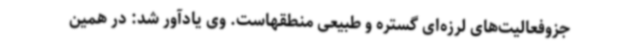
جزوفعالیت‌های لرزه‌ای گستره و طبیعی منطقهاست. وی یادآور شد: در همین